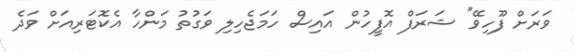
ވަރަށް ފޫހިވޭ" ޝަރަފް އޮފީހުން އައިސް ހަމަޖެހިލި ވަގުތު މަންހާ އެކޮޓަރިއަށް ވަދެ